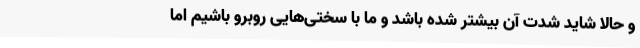
و حالا شاید شدت آن بیشتر شده باشد و ما با سختی‌هایی روبرو باشیم اما